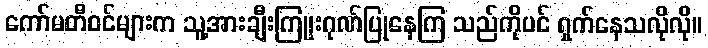
ကော်မတီဝင်များက သူ့အားချီးကြူးဂုဏ်ပြုနေကြ သည်ကိုပင် ရှက်နေသလိုလို။